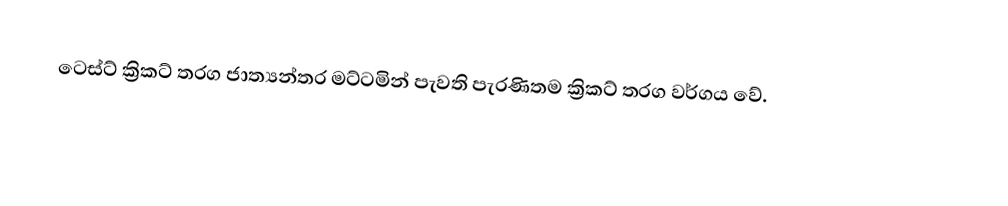
ටෙස්ට් ක්‍රිකට් තරග ජාත්‍යන්තර මට්ට‍මින් පැවති පැරණිතම ක්‍රිකට් තරග වර්ගය වේ.